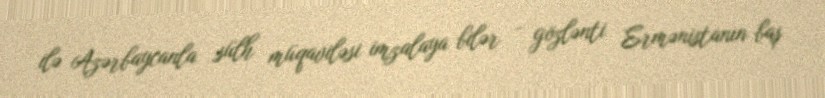
ilə Azərbaycanla sülh müqaviləsi imzalaya bilər - gözlənti Ermənistanın baş